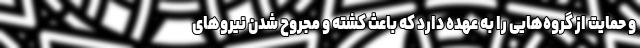
و حمایت از گروه‌هایی را به عهده دارد که باعث کشته و مجروح شدن نیروهای